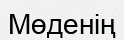
Мөденің